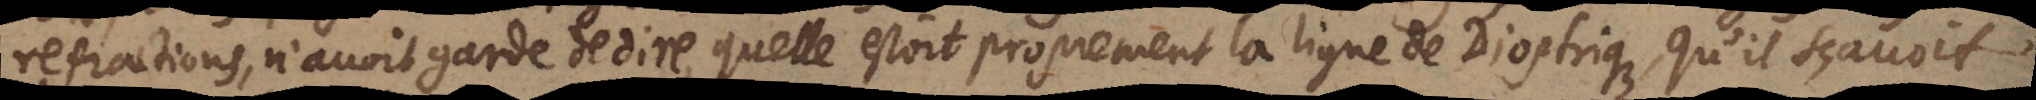
refractions, n’avoit garde de dire qu’elle estoit proprement la ligne dioptrique, qu’il sçavoit